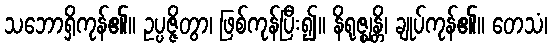
သဘောရှိကုန်၏။ ဥပ္ပဇ္ဇိတွာ၊ ဖြစ်ကုန်ပြီး၍။ နိရုဇ္ဈန္တိ၊ ချုပ်ကုန်၏။ တေသံ၊